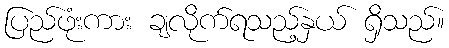
ပြည်ဖုံးကား ချလိုက်ရသည့်နှယ် ရှိသည်။